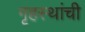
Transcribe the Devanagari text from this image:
गृहस्थांची